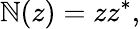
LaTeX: \mathbb{N}(z)=zz^{*},